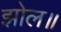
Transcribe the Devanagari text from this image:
झोल॥